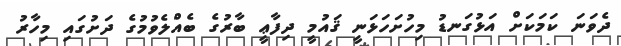
ދެވަނަ ކަމަކަށް އަޅުގަނޑު މިހުށަހަޅަނީ ޤައުމީ ދިފާޢީ ބާރުގެ ބެއްލެވުމުގެ ދަށުގައި މިހާރު